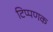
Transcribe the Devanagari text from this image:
टिप्पणक